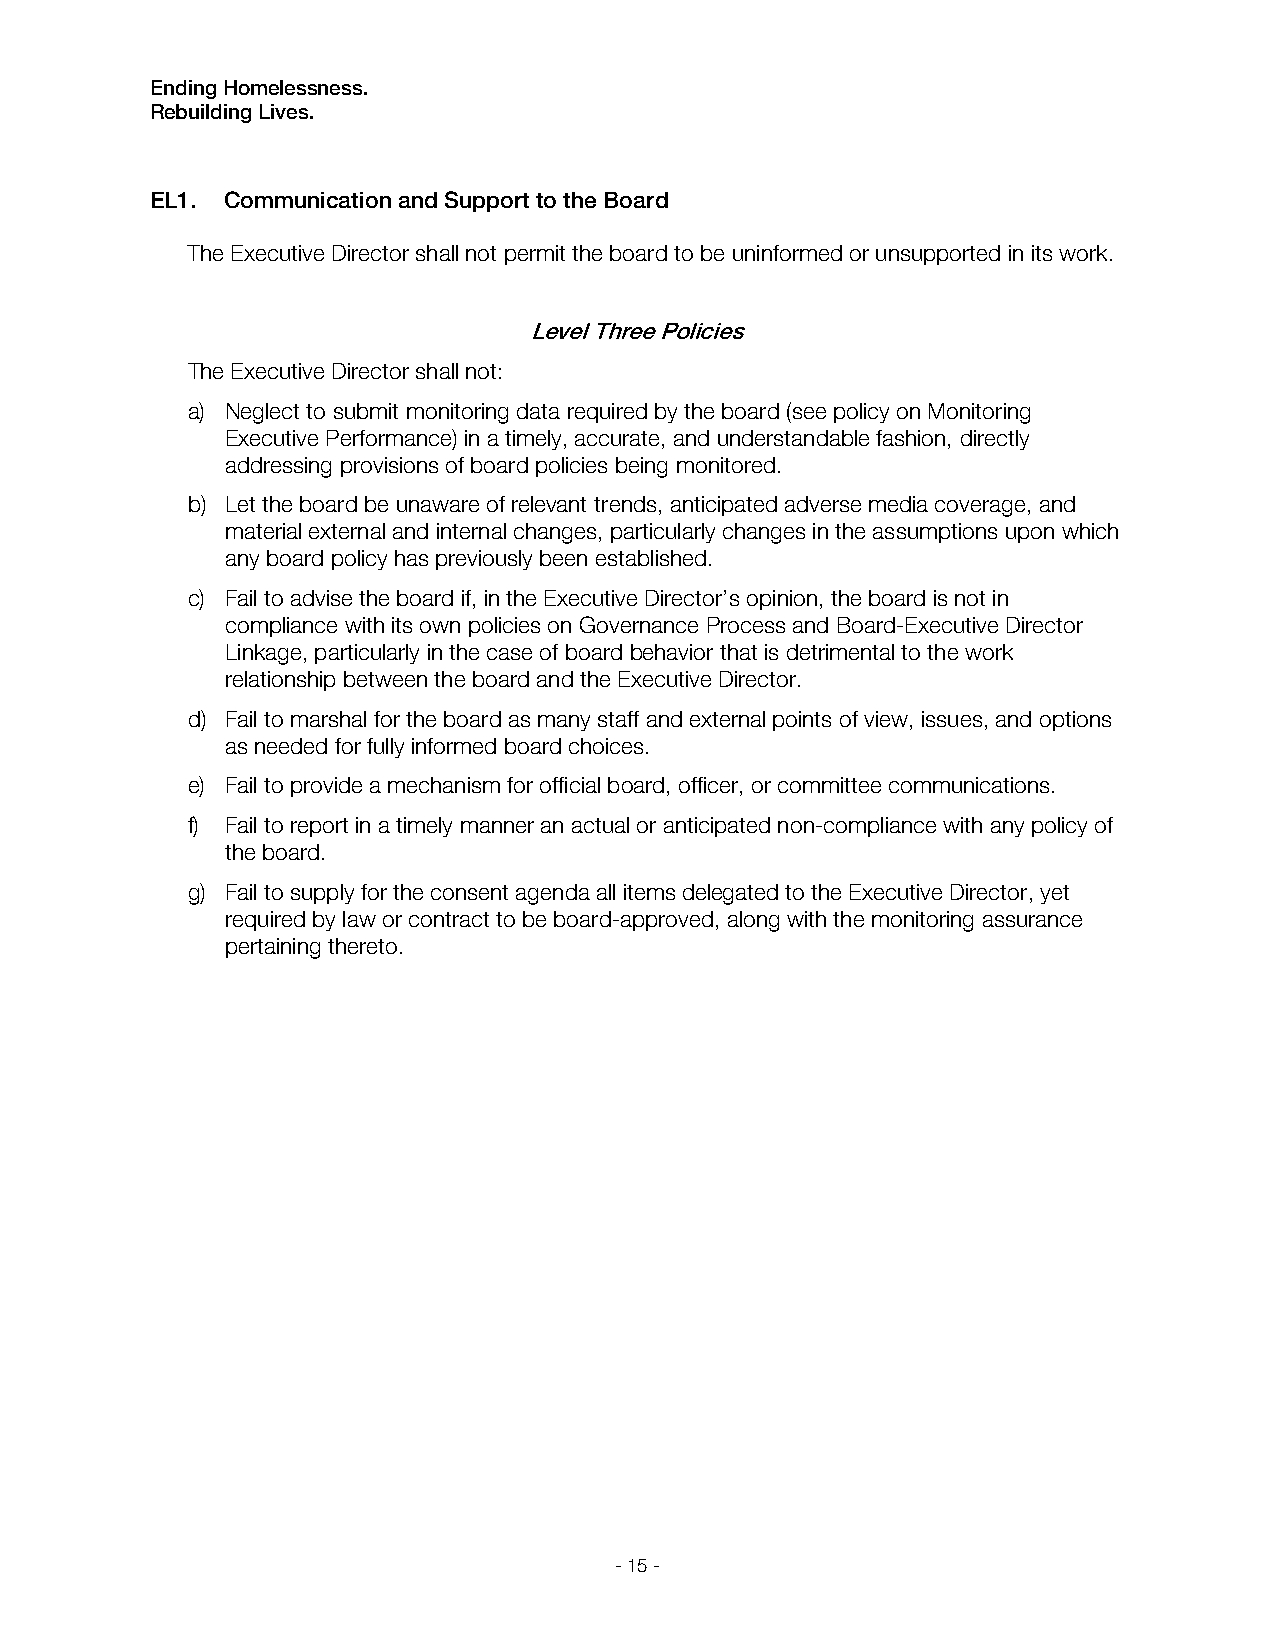
Ending Homelessness.
 Rebuilding Lives.
 EL1. Communication and Support to the Board
 The Executive Director shall not permit the board to be uninformed or unsupported in its work.
 Level Three Policies
 The Executive Director shall not:
 a) Neglect to submit monitoring data required by the board (see policy on Monitoring
 Executive Performance) in a timely, accurate, and understandable fashion, directly
 addressing provisions of board policies being monitored.
 b) Let the board be unaware of relevant trends, anticipated adverse media coverage, and
 material external and internal changes, particularly changes in the assumptions upon which
 any board policy has previously been established.
 c) Fail to advise the board if, in the Executive Director’s opinion, the board is not in
 compliance with its own policies on Governance Process and Board-Executive Director
 Linkage, particularly in the case of board behavior that is detrimental to the work
 relationship between the board and the Executive Director.
 d) Fail to marshal for the board as many staff and external points of view, issues, and options
 as needed for fully informed board choices.
 e) Fail to provide a mechanism for official board, officer, or committee communications.
 f) Fail to report in a timely manner an actual or anticipated non-compliance with any policy of
 the board.
 g) Fail to supply for the consent agenda all items delegated to the Executive Director, yet
 required by law or contract to be board-approved, along with the monitoring assurance
 pertaining thereto.
 - 15 -